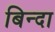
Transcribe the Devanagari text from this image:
बिन्दा